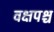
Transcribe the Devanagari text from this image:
वक्षपश्च